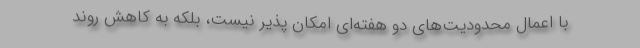
با اعمال محدودیت‌های دو هفته‌ای امکان پذیر نیست، بلکه به کاهش روند